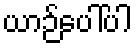
ယာဉ်ပေါ်ပါ